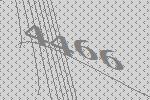
4466